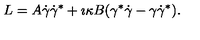
L = A \dot { \gamma } \dot { \gamma } ^ { * } + \imath \kappa B ( \gamma ^ { * } \dot { \gamma } - \gamma \dot { \gamma } ^ { * } ) .